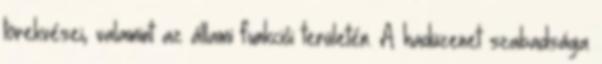
törekvései, valamint az állami funkciói területén. A hadüzenet szabadsága